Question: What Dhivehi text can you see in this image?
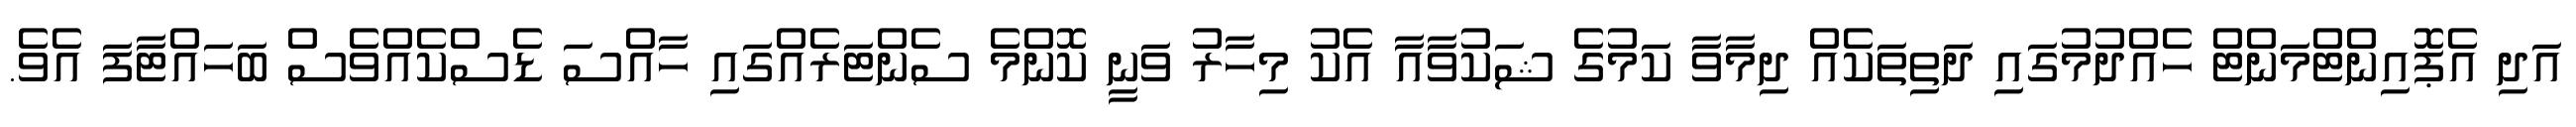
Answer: އަދި އެޕޮއިންޓްމަންޓް ހެއްދުމުގައި ދަތިތަކެއް ދިމާވާ ކަމުގެ ޝަކުވާއާ އެކު މިހާރު ވަނީ ކޮންމެ ސެންޓަރެއްގައި ހާއްސަ ޑެސްކެއްވެސް ބަހައްޓާފަ އެވެ.